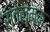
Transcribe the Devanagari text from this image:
स्तेल्मक